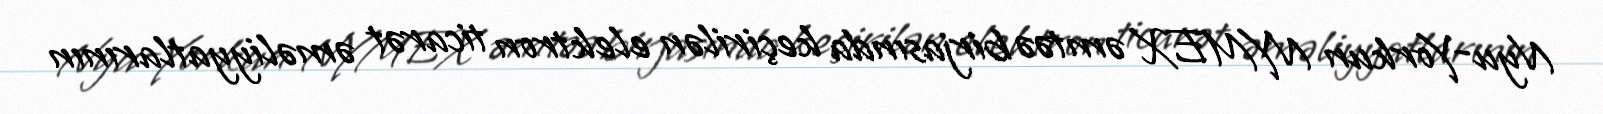
Nyu-Yorkun NYMEX əmtəə birjasında keçirilən elektron ticarət əməliyyatlarının